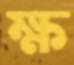
ক্ষ